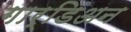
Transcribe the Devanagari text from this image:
गार्डिअन